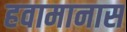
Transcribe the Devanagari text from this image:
हवामानास